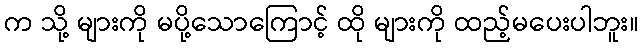
က သို့ များကို မပို့သောကြောင့် ထို များကို ထည့်မပေးပါဘူး။